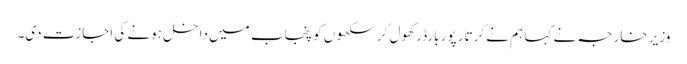
وزیر خارجہ نے کہا ہم نے کرتار پور بارڈر کھول کر سکھوں کو پنجاب میں داخل ہونے کی اجازت دی۔